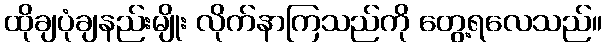
ထိုချပုံချနည်းမျိုး လိုက်နာကြသည်ကို တွေ့ရလေသည်။